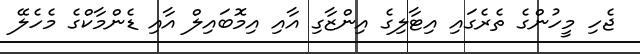
ޖެހި މީހުންގެ ތެރެގައި އިޓާލިގެ އިންޒާގި އާއި އިމޮބައިލް އާއި ޑެންމާކްގެ މެހެލޭ